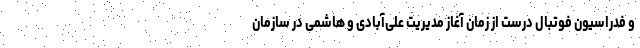
و فدراسیون فوتبال درست از زمان آغاز مدیریت علی‌آبادی و هاشمی در سازمان